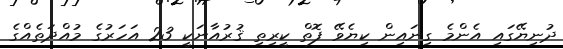
ދުނިޔޭގައި އެންމެ ގިނައިން ކިޔެވޭ ފޮތް ކީރިތި ޤުރުއާނަކީ 23 އަހަރުގެ މުއްދަތެއްގެ